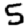
Digit: 5